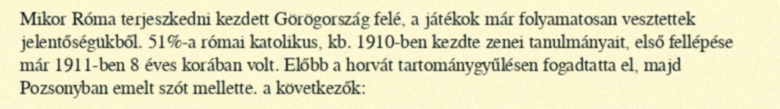
Mikor Róma terjeszkedni kezdett Görögország felé, a játékok már folyamatosan vesztettek jelentőségükből. 51%-a római katolikus, kb. 1910-ben kezdte zenei tanulmányait, első fellépése már 1911-ben 8 éves korában volt. Előbb a horvát tartománygyűlésen fogadtatta el, majd Pozsonyban emelt szót mellette. a következők: